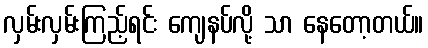
လှမ်းလှမ်းကြည့်ရင်း ကျေနပ်လို့ သာ နေတော့တယ်။